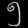
Digit: ၅